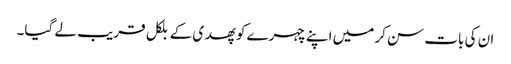
ان کی بات سن کر میں اپنے چہرے کو پھدی کے بلکل قریب لے گیا۔